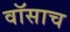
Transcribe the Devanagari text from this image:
वॉसाच